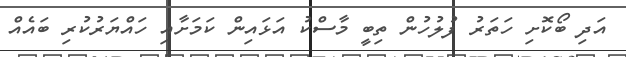
އަދި ބޯކޮށި ހަތަރު ފުލުހުން ތިބީ މާސްކު އަޅައިން ކަމަށާއި ހައްޔަރުކުރި ބައެއް